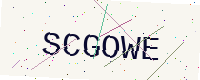
Text: SCGOWE